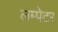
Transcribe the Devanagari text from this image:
लम्पेटर